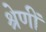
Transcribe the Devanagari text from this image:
श्रेणीं